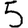
Digit: 5